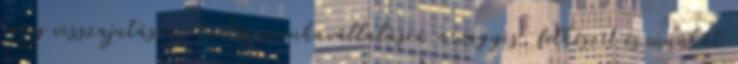
vagy visszajutásra, tartós munkavállalásra – vagyis, felkészít és munkát